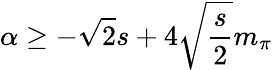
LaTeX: \alpha\ge-\sqrt 2s+4\sqrt{\frac s2}m_{\pi}